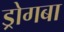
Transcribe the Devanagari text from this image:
ड्रोगबा